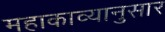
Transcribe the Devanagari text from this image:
महाकाव्यानुसार